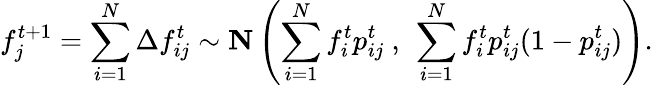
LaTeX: f_{j}^{t+1}=\sum_{i=1}^{N}\Delta f_{ij}^{t}\sim\textbf{N}\left(\sum_{i=1}^{N}f_{i}^{t}{p}_{ij}^{t}\ ,\ \sum_{i=1}^{N}f_{i}^{t}{p}_{ij}^{t}(1-{p}_{ij}^{t})\right).